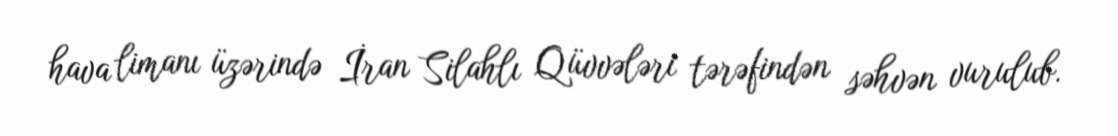
hava limanı üzərində İran Silahlı Qüvvələri tərəfindən səhvən vurulub.